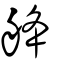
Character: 舽